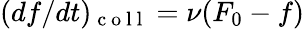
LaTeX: (df/dt)_{\mathrm{~c~o~l~l~}}=\nu(F_{0}-f)